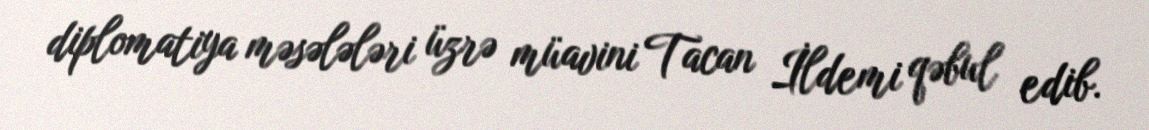
diplomatiya məsələləri üzrə müavini Tacan İldemi qəbul edib.